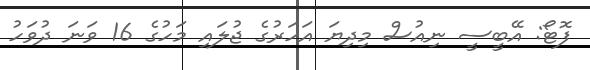
ފޮޓޯ: އޭބީސީ ނިއުސް މިދިޔަ އަހަރުގެ ޖުލައި މަހުގެ 16 ވަނަ ދުވަހު